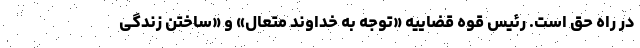
در راه حق است. رئیس قوه قضاییه «توجه به خداوند متعال» و «ساختن زندگی